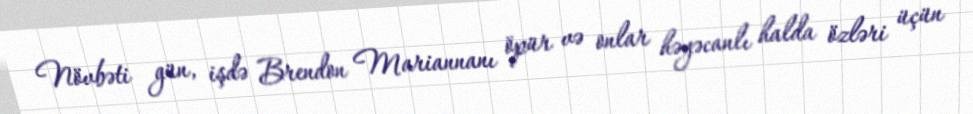
Növbəti gün, işdə Brendon Mariannanı öpür və onlar həyəcanlı halda özləri üçün